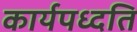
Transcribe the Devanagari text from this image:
कार्यपध्दति